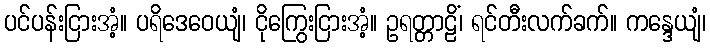
ပင်ပန်းငြားအံ့။ ပရိဒေဝေယျံ၊ ငိုကြွေးငြားအံ့။ ဥရတ္တာဠိံ၊ ရင်တီးလက်ခက်။ ကန္ဒေယျံ၊